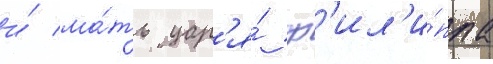
и́ ма́ть цар'я́ ф'ил'и́ппа